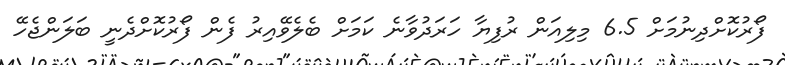
ފޯރުކޮށްދިނުމަށް 6.5 މިލިއަން ރުފިޔާ ހަރަދުވާނެ ކަމަށް ބެލެވޭއިރު ފެން ފޯރުކޮށްދެނީ ބަލަންޖެހޭ